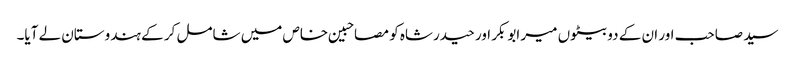
سید صاحب اور ان کے دو بیٹوں میر ابوبکر اور حیدرشاہ کو مصاحبین خاص میں شامل کر کے ہندوستان لے آیا۔